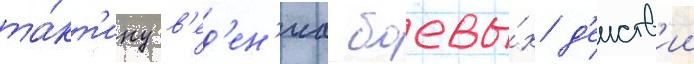
та́кт'ику в'ед'ен'иа боевы́х д'еиств'ии